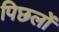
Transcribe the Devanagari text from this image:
पिछलों